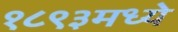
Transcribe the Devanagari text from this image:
१८९३मध्ये